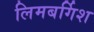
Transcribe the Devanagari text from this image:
लिमबर्गिश